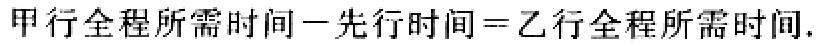
甲行全程所需时间－先行时间=乙行全程所需时间.